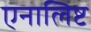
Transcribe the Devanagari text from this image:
एनालिष्ट